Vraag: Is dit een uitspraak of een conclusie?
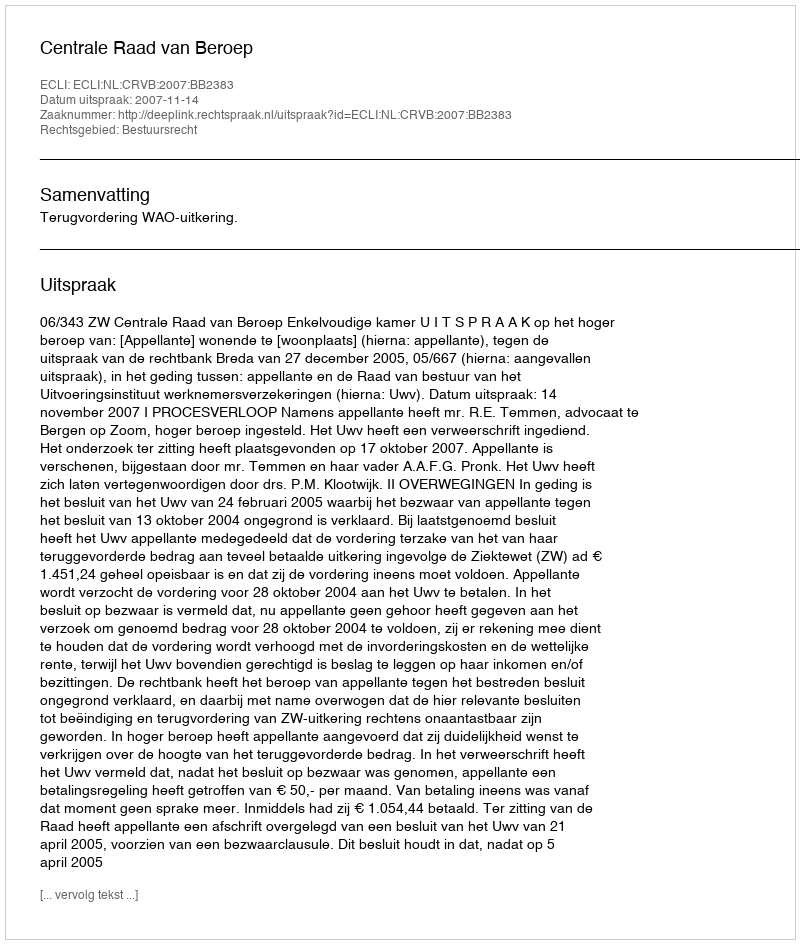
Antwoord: Uitspraak